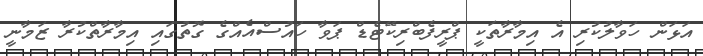
އަޅަން ހަވާލުކުރި އެ އިމާރާތަކީ ޕްރީފެބްރިކޭޓެޑް ޕަވާ ހައުސްއެއްގެ ގޮތުގައި އިމާރާތްކުރާ ޒަމާނީ